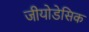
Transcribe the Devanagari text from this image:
जीयोडेसिक